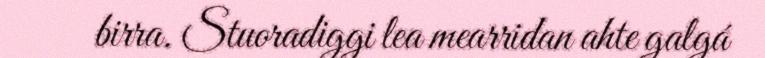
birra. Stuoradiggi lea mearridan ahte galgá